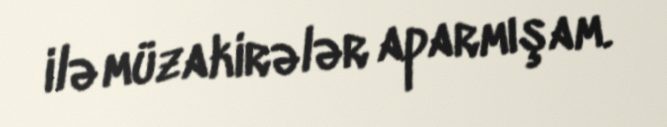
ilə müzakirələr aparmışam.